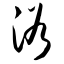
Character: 浴